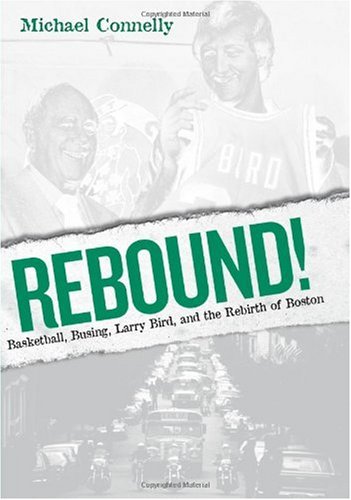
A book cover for Rebound!: Basketball, Busing, Larry Bird, and the Rebirth of Boston; Michael Connelly; Sports & Outdoors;